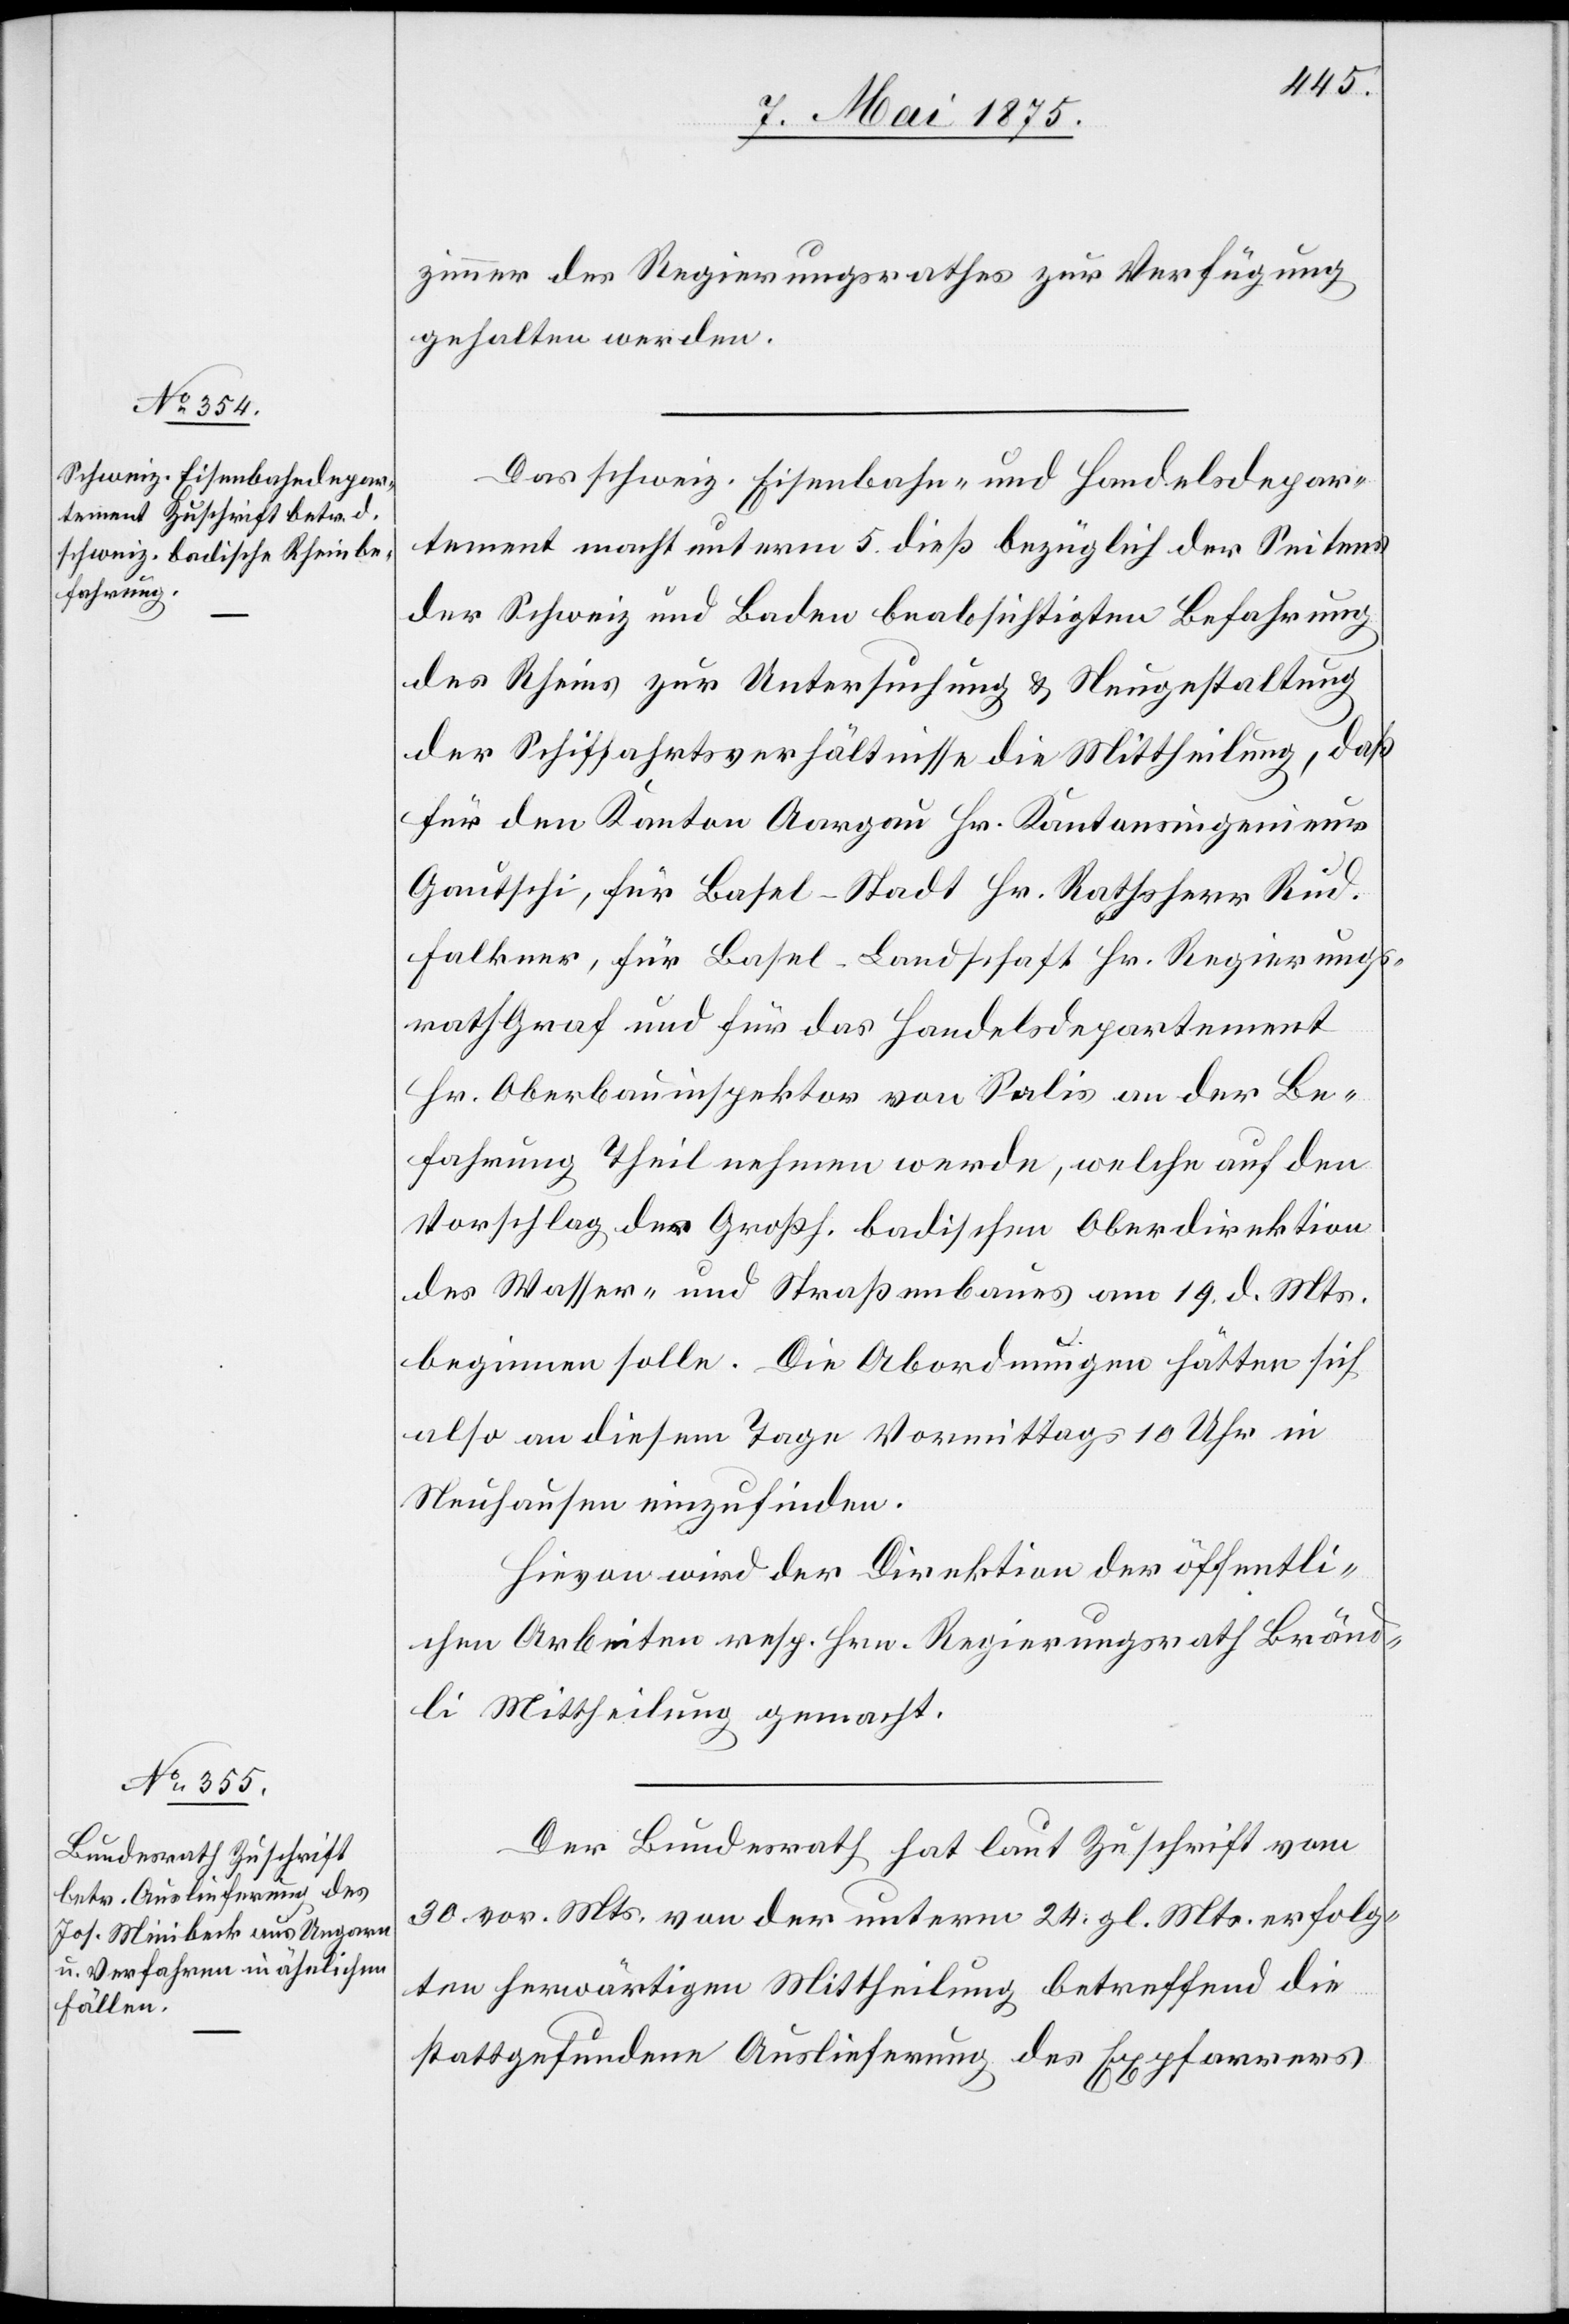
zimmer des Regierungsrathes zur Verfügung
gehalten werden.
Das schweiz. Eisenbahn- und Handelsdepar¬
tement macht unterm 5. dieß bezüglich der Seitens
der Schweiz und Baden beabsichtigten Befahrung
des Rheins zur Untersuchung & Neugestaltung
der Schiffahrtsverhältnisse die Mittheilung, daß
für den Kanton Aargau Hr. Kantonsingenieur
Gautschi, für Basel-Stadt Hr. Ratsherr Rud.
Falkner, für Basel-Landschaft Hr. Regierungs¬
rath Graf und für das Handelsdepartement
Hr. Oberbauinspektor von Salis an der Be¬
fahrung Theil nehmen werde, welche auf den
Vorschlag der Großh. badischen Oberdirektion
des Wassers- und Straßenbaues am 19. d. Mts.
beginnen solle. Die Abordnungen hätten sich
also an diesem Tage Vormittags 10 Uhr in
Neuhausen einzufinden.
Hievon wird der Direktion der öffentli¬
chen Arbeiten resp. Hrn. Regierungsrath Bränd¬
li Mittheilung gemacht.
Der Bundesrath hat laut Zuschrift vom
20.vor. Mts. von der unterm 24. gl. Mts. erfolg¬
ten herwärtigen Mittheilung betreffend die
stattgefundene Auslieferung des Expfarrers